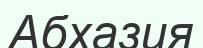
Абхазия